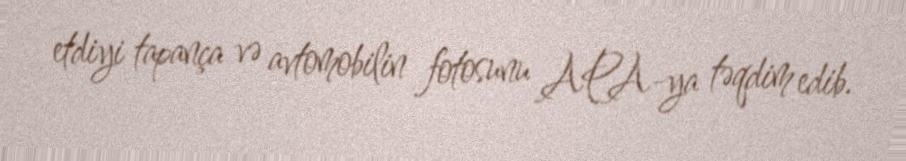
etdiyi tapança və avtomobilin fotosunu APA-ya təqdim edib.